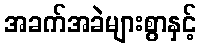
အခက်အခဲများစွာနှင့်